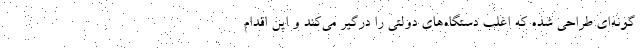
گونه‌ای طراحی شده که اغلب دستگاه‌های دولتی را درگیر می‌کند و این اقدام